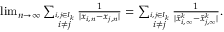
\begin{array} { r } { \operatorname* { l i m } _ { n \to \infty } \sum _ { \stackrel { i , j \in I _ { k } } { i \not = j } } { \frac { 1 } { | x _ { i , n } - x _ { j , n } | } } = \sum _ { \stackrel { i , j \in I _ { k } } { i \not = j } } { \frac { 1 } { | \tilde { x } _ { i , \infty } ^ { k } - \tilde { x } _ { j , \infty } ^ { k } | } } . } \end{array}